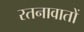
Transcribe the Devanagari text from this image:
रतनावातों